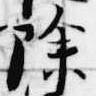
除